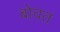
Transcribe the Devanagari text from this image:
बोचत